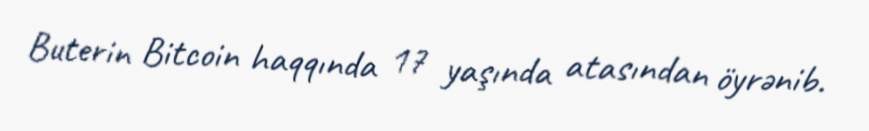
Buterin Bitcoin haqqında 17 yaşında atasından öyrənib.